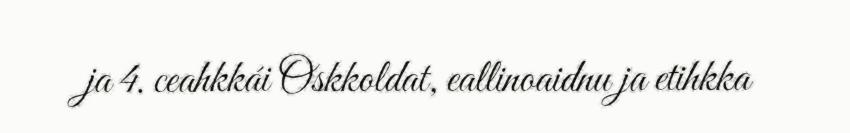
ja 4. ceahkkái Oskkoldat, eallinoaidnu ja etihkka